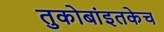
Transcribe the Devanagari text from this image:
तुकोबांइतकेच